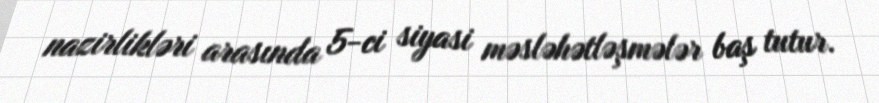
nazirlikləri arasında 5-ci siyasi məsləhətləşmələr baş tutur.